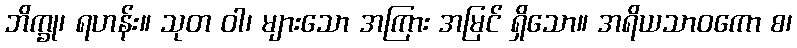
ဘိက္ခု၊ ရဟန်း။ သုတ ဝါ၊ များသော အကြား အမြင် ရှိသော။ အရိယသာဝကော စ၊